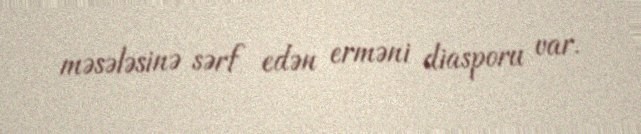
məsələsinə sərf edən erməni diasporu var.